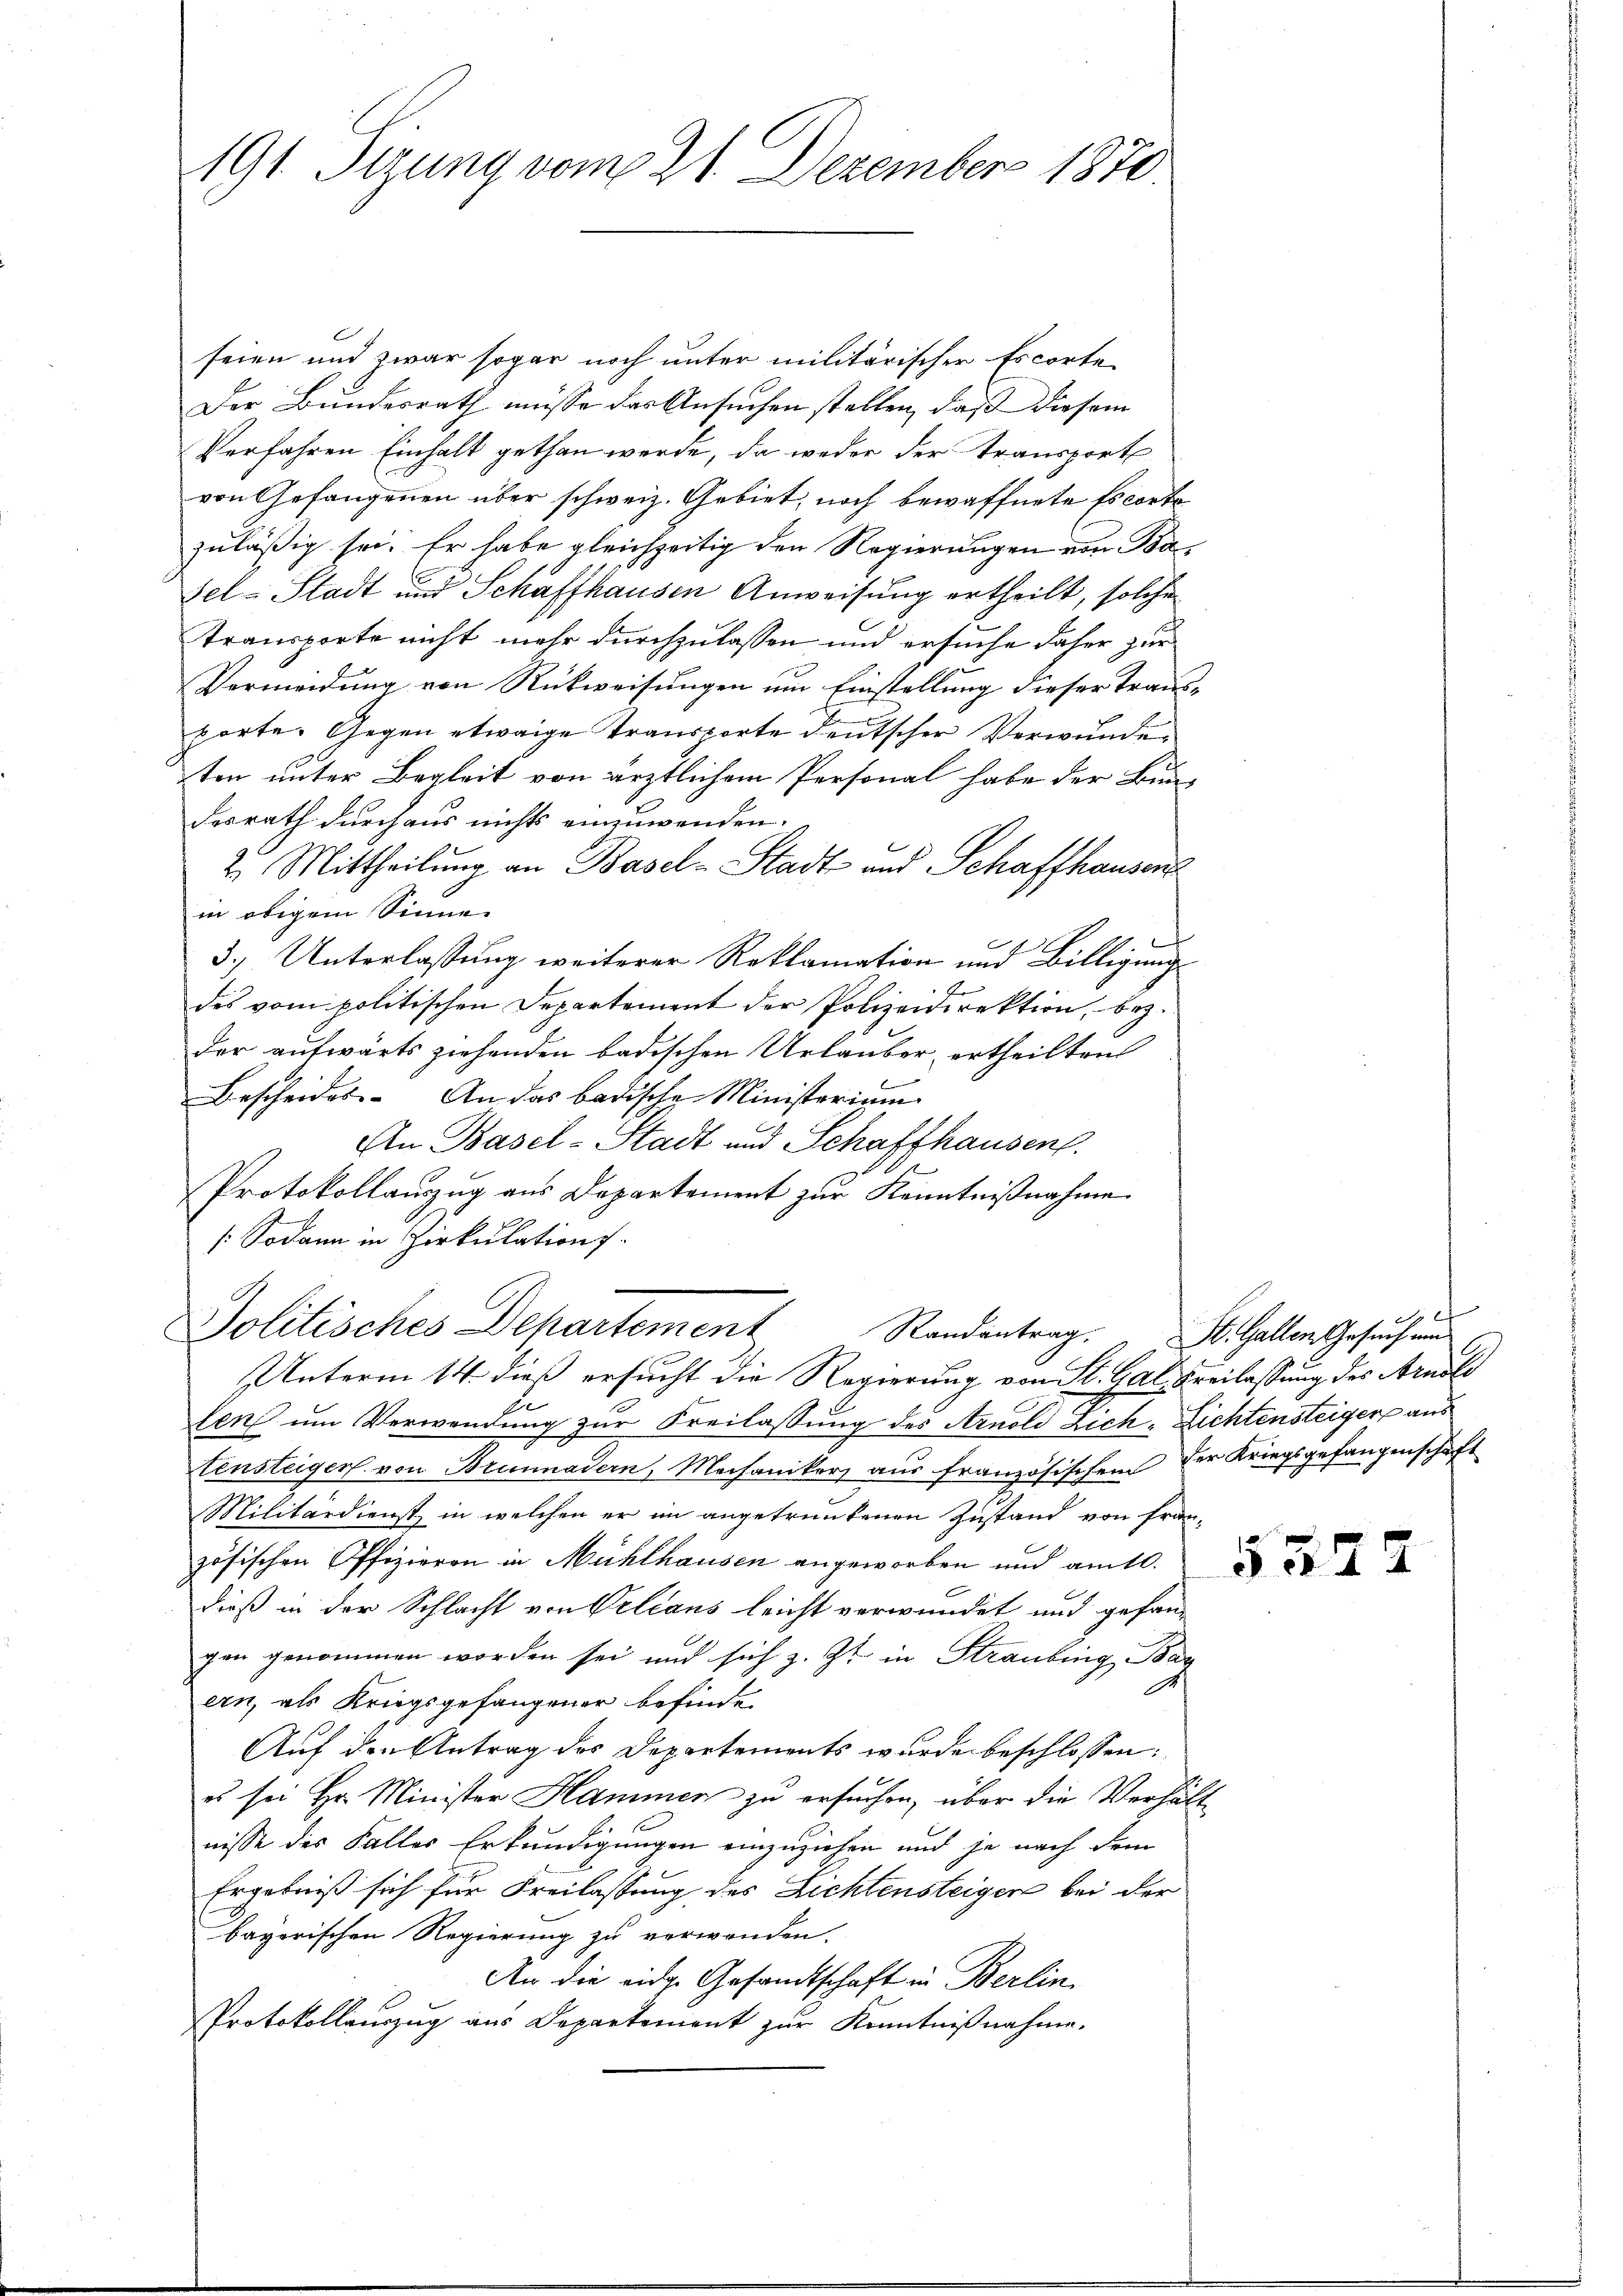
191 Sizung vom 21. Dezember 1870.

seien und zwar sogar noch unter militärischer Escorte
Der Bundesrath müsse das Ansuchen stellen, daß diesem
Verfahren Einhalt gethan werde, da weder der Transport
von Gefangenen über schweiz. Gebiet, noch bewaffnete Escorto
zuläßig sei. Er habe gleichzeitig den Regierungen von Ba¬
Fel-Stadt und Schaffhausen Anweisung ertheilt, solche
Transporte nicht mehr durchzulassen und ersuche daher zur
Vermeidung von Rückweisungen um Einstellung dieser Traus-
porte. Gegen etwaige Transporte deutscher Verwunde
ten unter Begleit von ärztlichem Personal habe der Bundesrath durchaus nichts einzuwenden.
2. Mittheilung an Basel-Stadt und Schaffhausen
in obigem Sinne
b
3.) Unterlassung weiterer Reklamation und Billigungs
Er
des vom politischen Departement der Polizeidirektion, bez.
der aufwärts ziehenden badischen Urlauber, ertheilten
Bescheides. An das badische Ministerium
An Basel-Stadt und Schafthausen
7
Protokollauszug aus Departement zur Kenntnißnahme
( Sodann in Zirkulations
Politisches Departement
Randantrag. St. Gallen Gesuch um
Unterm 14. dieß ersucht die Regierung von St. Gal Freilassung des Arnold
len um Verwendung zur Freilassung des Arnold Zich-Lichtensteiger aus
tensteiger von Brunnadern, Mechaniker aus französischem der Kriegsgefangenschaft
Militärdienst in welchen er im angetrunkenen Zustand von Frau
zösischen Offizieren in Mühlhausen angeworben und amtl.
dieß in der Schlacht von Velians leicht verwendet und gefangen genommen worden sei und sich z. Zt. in Strauling, Bar
6
ern, als Kriegsgefangener befinde.
Auf den Antrag des Departements wurde beschlossen:
es sei Hr. Minister Hammer zu ersuchen, über die Verhält
nisse des Faller Erkundigungen einzuziehen und je nach dem
Ergebniß sich für Freilassung des Lichtensteigen bei der
bayerischen Regierung zu verwenden.
An die eidg. Gesandtschaft in Berlin
Protokollauszug aus Departement zur Kenntnißnahme.

1

534